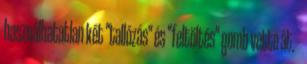
használhatatlan két "tallózás" és "feltöltés" gomb vette át. -